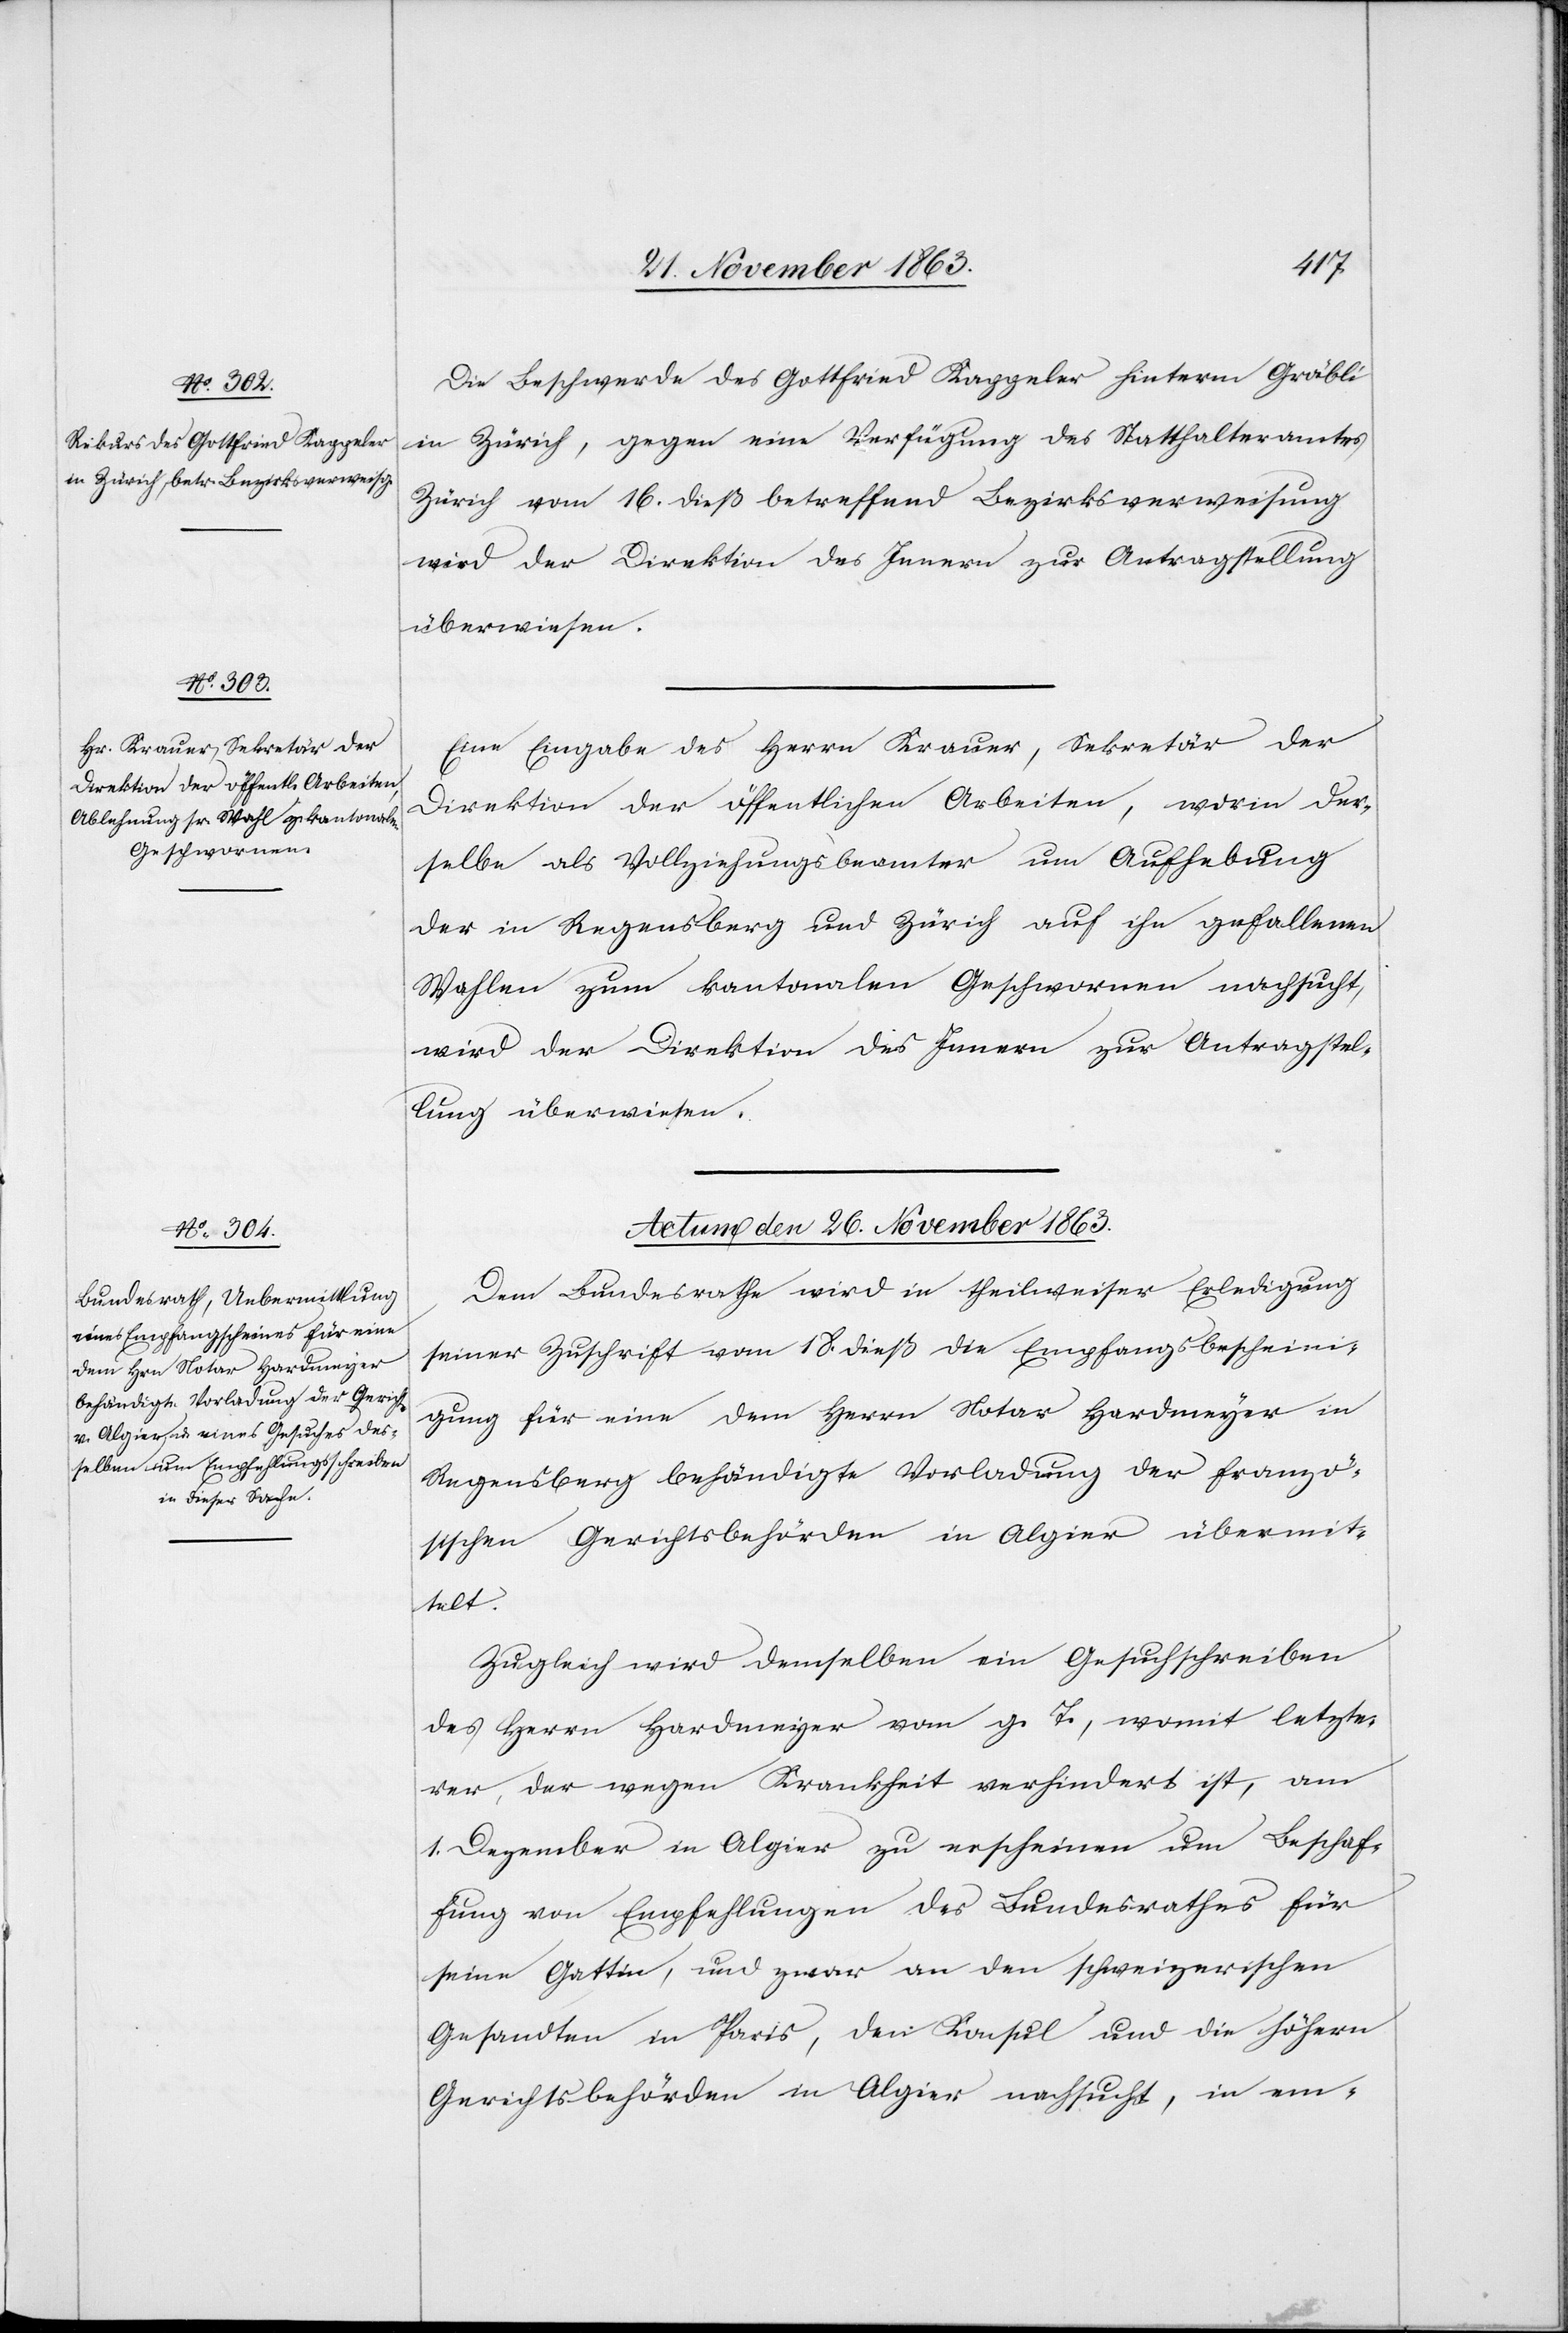
Die Beschwerde des Gottfried Kappeler hinterm Gräbli
in Zürich, gegen eine Verfügung des Statthalteramtes
Zürich vom 16. dieß betreffend Bezirksverweisung
wird der Direktion des Innern zur Antragstellung
überwiesen.
Eine Eingabe des Herrn Krauer, Sekretär der
Direktion der öffentlichen Arbeiten, worin der¬
selbe als Vollziehungsbeamter um Aufhebung
der in Regensberg und Zürich auf ihn gefallenen
Wahlen zum kantonalen Geschwornen nachsucht,
wird der Direktion des Innern zur Antragstel¬
lung überwiesen.
Actum den 26. November 1863.
Dem Bundesrathe wird in theilweiser Erledigung
seiner Zuschrift vom 18. dieß die Empfangsbescheini¬
gung für eine dem Herrn Notar Hardmeyer in
Regensberg behändigte Vorladung der franzö¬
sischen Gerichtsbehörden in Algier übermit¬
telt.
Zugleich wird demselben ein Gesuchschreiben
des Herrn Hardmeyer vom g. T., womit letzte¬
rer, der wegen Krankheit verhindert ist, am
1. Dezember in Algier zu erscheinen um Beschaf¬
fung von Empfehlungen des Bundesrathes für
seine Gattin, und zwar an den schweizerischen
Gesandten in Paris, den Konsul und die höhern
Gerichtsbehörden in Algier nachsucht, in em-